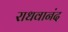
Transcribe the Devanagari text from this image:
राधवानंद